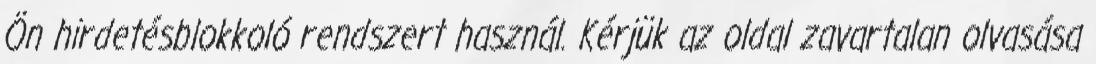
Ön hirdetésblokkoló rendszert használ. Kérjük az oldal zavartalan olvasása